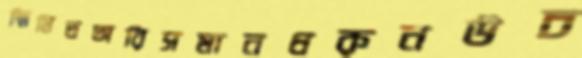
স্মিমিতঅরিসমানধরুনউচ